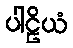
ပါဠိယံ